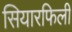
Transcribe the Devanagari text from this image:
सियारफिली